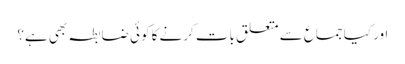
اور کیا جماع سے متعلق بات کرنے کا کوئی ضابطہ بھی ہے؟